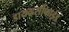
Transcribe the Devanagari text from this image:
डायव्हर्सीफाईड